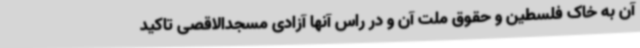
آن به خاک فلسطین و حقوق ملت آن و در راس آنها آزادی مسجدالاقصی تاکید